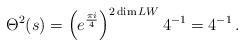
LaTeX: \begin{align*}\Theta^2(s)=\left(e^{\frac{\pi i}{4}}\right)^{2\dim LW} 4^{-1}=4^{-1}\,.\end{align*}